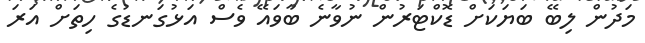
މަދުން ލިބޭ ބަޔަކަށް ޑޮކްޓަރުން ނުވާނެ ބާވައޭ ވެސް އަޅުގަނޑުގެ ހިތަށް އަރަ